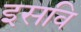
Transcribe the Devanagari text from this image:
इसवि